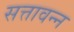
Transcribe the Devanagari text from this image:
सत्तावन्न